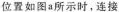
位位置如图a所示时，连接